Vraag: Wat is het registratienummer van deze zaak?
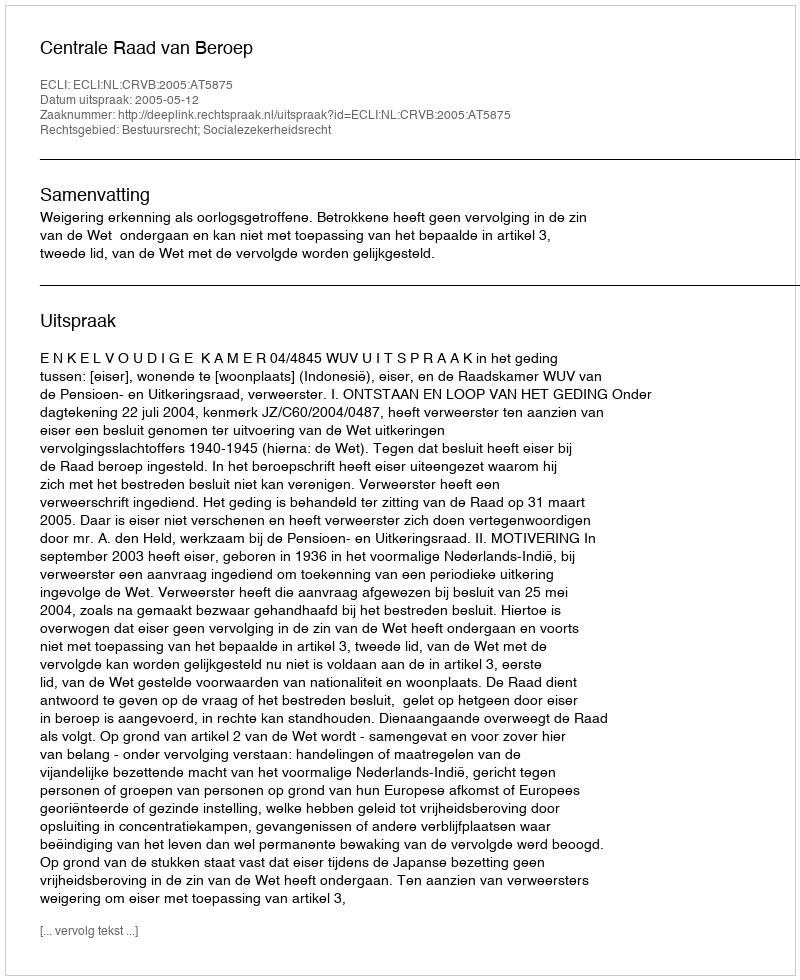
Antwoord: http://deeplink.rechtspraak.nl/uitspraak?id=ECLI:NL:CRVB:2005:AT5875